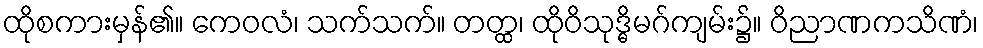
ထိုစကားမှန်၏။ ကေဝလံ၊ သက်သက်။ တတ္ထ၊ ထိုဝိသုဒ္ဓိမဂ်ကျမ်း၌။ ဝိညာဏကသိဏံ၊